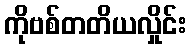
ကိုဗစ်တတိယလှိုင်း